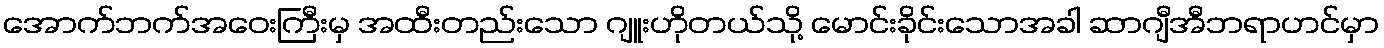
အောက်ဘက်အဝေးကြီးမှ အထီးတည်းသော ဂျူးဟိုတယ်သို့ မောင်းခိုင်းသောအခါ ဆာဂျီအီဘရာဟင်မှာ